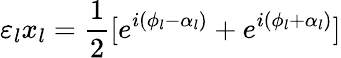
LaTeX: \varepsilon_{l}x_{l}=\frac{1}{2}[e^{i(\phi_{l}-\alpha_{l})}+e^{i(\phi_{l}+\alpha_{l})}]